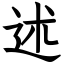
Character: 述